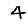
Digit: 4